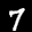
Label: 7